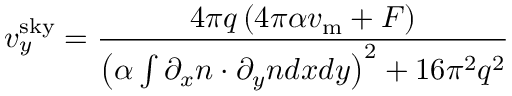
v _ { y } ^ { \mathrm { s k y } } = \frac { 4 \pi q \left( 4 \pi \alpha v _ { \mathrm { m } } + F \right) } { \left( \alpha \int { \partial _ { x } \boldsymbol { n } \cdot \partial _ { y } \boldsymbol { n } d x d y } \right) ^ { 2 } + 1 6 \pi ^ { 2 } q ^ { 2 } }